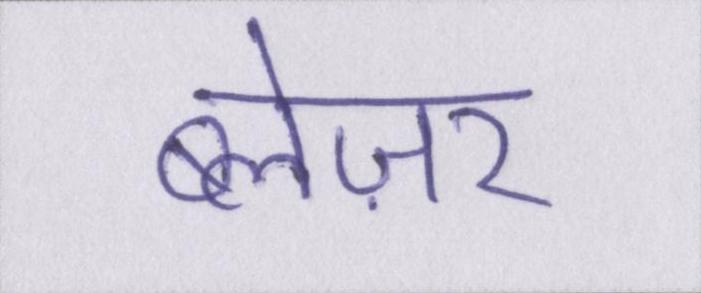
ब्लेज़र